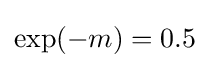
\exp(-m)=0.5